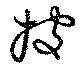
披